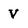
Character: V